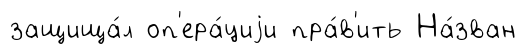
защища́л оп'ера́циjи пра́в'ить На́зван